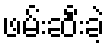
ဖမ်းဆီးခဲ့